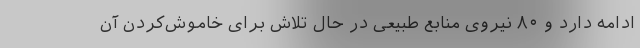
ادامه دارد و ۸۰ نیروی منابع طبیعی در حال تلاش برای خاموش‌کردن آن